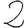
Digit: 2